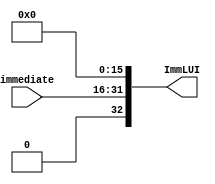
module LUIOp
(
  input [15:0] immediate,

  output reg [32:0] ImmLUI
);

always@(*)
	ImmLUI = {immediate,16'h0000};

endmodule